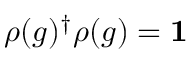
\rho ( g ) ^ { \dagger } \rho ( g ) = \mathbf { 1 }